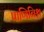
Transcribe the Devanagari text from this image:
पाणिनिश्च